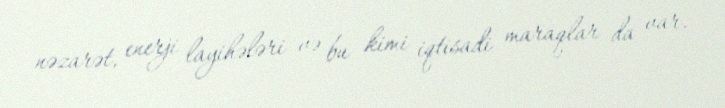
nəzarət, enerji layihələri və bu kimi iqtisadi maraqlar da var.